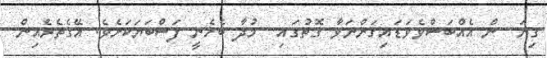
ގިނަ  ން އެއްބަސްވެވަޑައިގަންނަވާ ގޮތުގައި  މުދާ ބެހެނީ ފަސްބަޔަކަށެވެ. އޭގެތެރެއިން